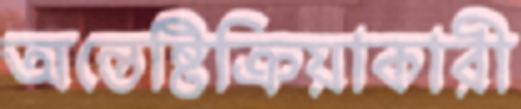
অন্তেষ্টিক্রিয়াকারী